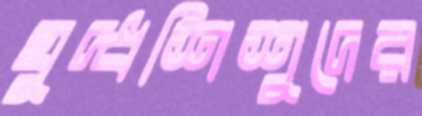
যুদ্ধশিশুদের